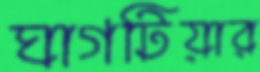
ঘাগটিয়ার